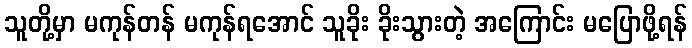
သူတို့မှာ မကုန်တန် မကုန်ရအောင် သူခိုး ခိုးသွားတဲ့ အကြောင်း မပြောဖို့ရန်